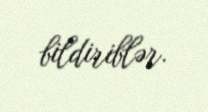
bildiriblər.